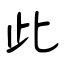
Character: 此